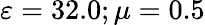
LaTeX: \varepsilon=32.0;\mu=0.5